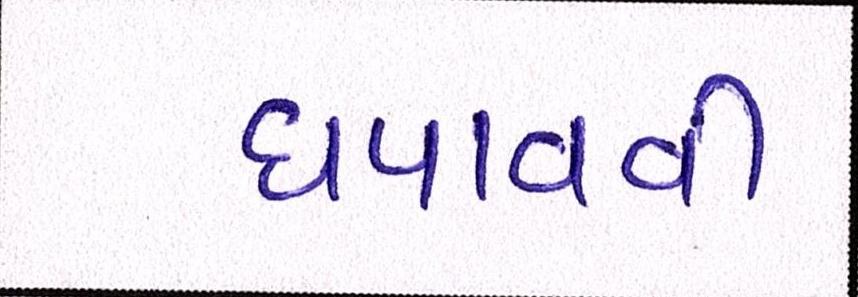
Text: ધપાવવી